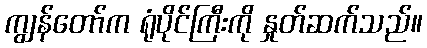
ကျွန်တော်က ရုံပိုင်ကြီးကို နှုတ်ဆက်သည်။